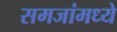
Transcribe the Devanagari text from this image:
समजांमध्ये